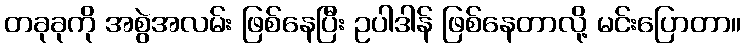
တခုခုကို အစွဲအလမ်း ဖြစ်နေပြီး ဥပါဒါန် ဖြစ်နေတာလို့ မင်းပြောတာ။